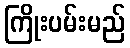
ကြိုးပမ်းမည်